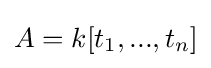
A=k[t_{1},...,t_{n}]